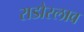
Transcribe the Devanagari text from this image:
राडोस्लाव